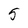
Character: 5